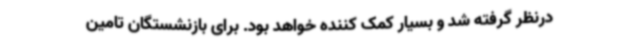
درنظر گرفته شد و بسیار کمک کننده خواهد بود. برای بازنشستگان تامین